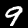
Digit: 9